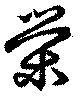
榮